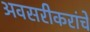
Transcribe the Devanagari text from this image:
अवसरीकरांचे